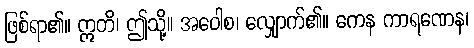
ဖြစ်ရာ၏။ ဣတိ၊ ဤသို့။ အဝေါစ၊ လျှောက်၏။ ကေန ကာရဏေန၊